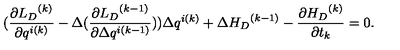
( \frac { \partial { { L } _ { D } } ^ { ( k ) } } { \partial q ^ { i ( k ) } } - \Delta ( \frac { \partial { { L } _ { D } } ^ { ( k - 1 ) } } { \partial \Delta q ^ { i ( k - 1 ) } } ) ) \Delta q ^ { i ( k ) } + \Delta { { H } _ { D } } ^ { ( k - 1 ) } - \frac { \partial { H _ { D } } ^ { ( k ) } } { \partial t _ { k } } = 0 .